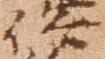
俗